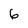
Character: 6